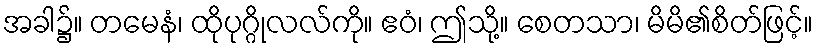
အခါ၌။ တမေနံ၊ ထိုပုဂ္ဂိုလလ်ကို။ ဧဝံ၊ ဤသို့။ စေတသာ၊ မိမိ၏စိတ်ဖြင့်။